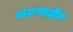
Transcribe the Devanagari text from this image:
करुणाहीन